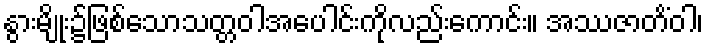
နွားမျိုး၌ဖြစ်သောသတ္တဝါအပေါင်းကိုလည်းကောင်း။ အဿဇာတိံဝါ၊